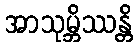
အာသုမ္ဘိဿန္တိ